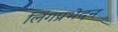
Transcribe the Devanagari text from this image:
लिंगप्रभेदन